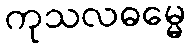
ကုသလဓမ္မေ